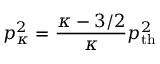
p _ { \kappa } ^ { 2 } = \frac { \kappa - 3 / 2 } { \kappa } p _ { \mathrm { t h } } ^ { 2 }